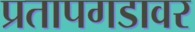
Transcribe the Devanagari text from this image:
प्रतापगडावर